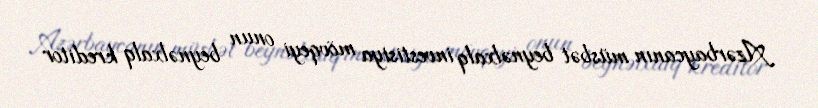
Azərbaycanın müsbət beynəlxalq investisiya mövqeyi onun beynəlxalq kreditor